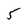
Character: 5